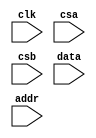
module sdram_test (
		input clk,
		input csa,
		input csb,
		input [7:0] data,
		input [3:0] addr
	);
	
wire enable;

assign enable = csa & csb;
	
endmodule